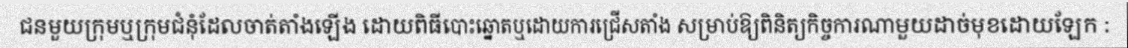
ជនមួយក្រុមឬក្រុមជំនុំដែលចាត់តាំងឡើង ដោយពិធីបោះឆ្នោតឬដោយការជ្រើសតាំង សម្រាប់ឱ្យពិនិត្យកិច្ចការណាមួយដាច់មុខដោយឡែក :